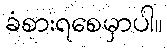
ခံစားရစေမှာပါ။